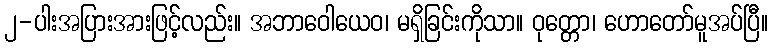
၂-ပါးအပြားအားဖြင့်လည်း။ အဘာဝေါယေဝ၊ မရှိခြင်းကိုသာ။ ဝုတ္တော၊ ဟောတော်မူအပ်ပြီ။